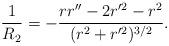
LaTeX: \begin{align*}\frac{1}{R_{2}} = - \frac{r r'' - 2 r'^{2} - r^2}{(r^2 + r'^{2})^{3/2}}. \end{align*}